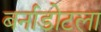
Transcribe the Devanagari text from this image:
बर्नाडोटला